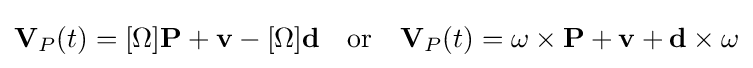
\mathbf {V} _{P}(t)=[\Omega ]\mathbf {P} +\mathbf {v} -[\Omega ]\mathbf {d} \quad {\text{or}}\quad \mathbf {V} _{P}(t)=\mathbf {\omega } \times \mathbf {P} +\mathbf {v} +\mathbf {d} \times \mathbf {\omega }